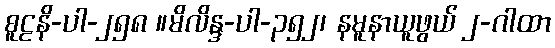
စူဠနိ-ပါ-၂၅၈ ။မိလိန္ဒ-ပါ-၃၅၂၊ နမူနာယူဖွယ် ၂-ဂါထာ